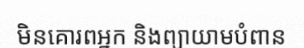
មិនគោរពអ្នក និងព្យាយាមបំពាន